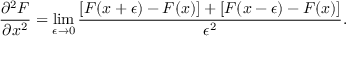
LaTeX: { \frac { \partial ^ { 2 } F } { \partial x ^ { 2 } } } = \operatorname* { l i m } _ { \epsilon \rightarrow 0 } { \frac { [ F ( x + \epsilon ) - F ( x ) ] + [ F ( x - \epsilon ) - F ( x ) ] } { \epsilon ^ { 2 } } } .